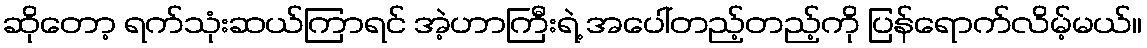
ဆိုတော့ ရက်သုံးဆယ်ကြာရင် အဲ့ဟာကြီးရဲ့ အပေါ်တည့်တည့်ကို ပြန်ရောက်လိမ့်မယ်။